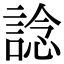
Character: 諗